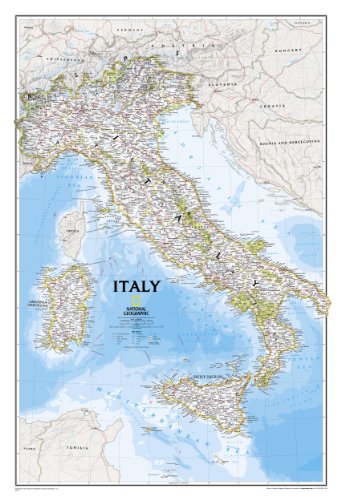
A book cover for Italy Classic [Tubed] (National Geographic Reference Map); National Geographic Maps - Reference; Reference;